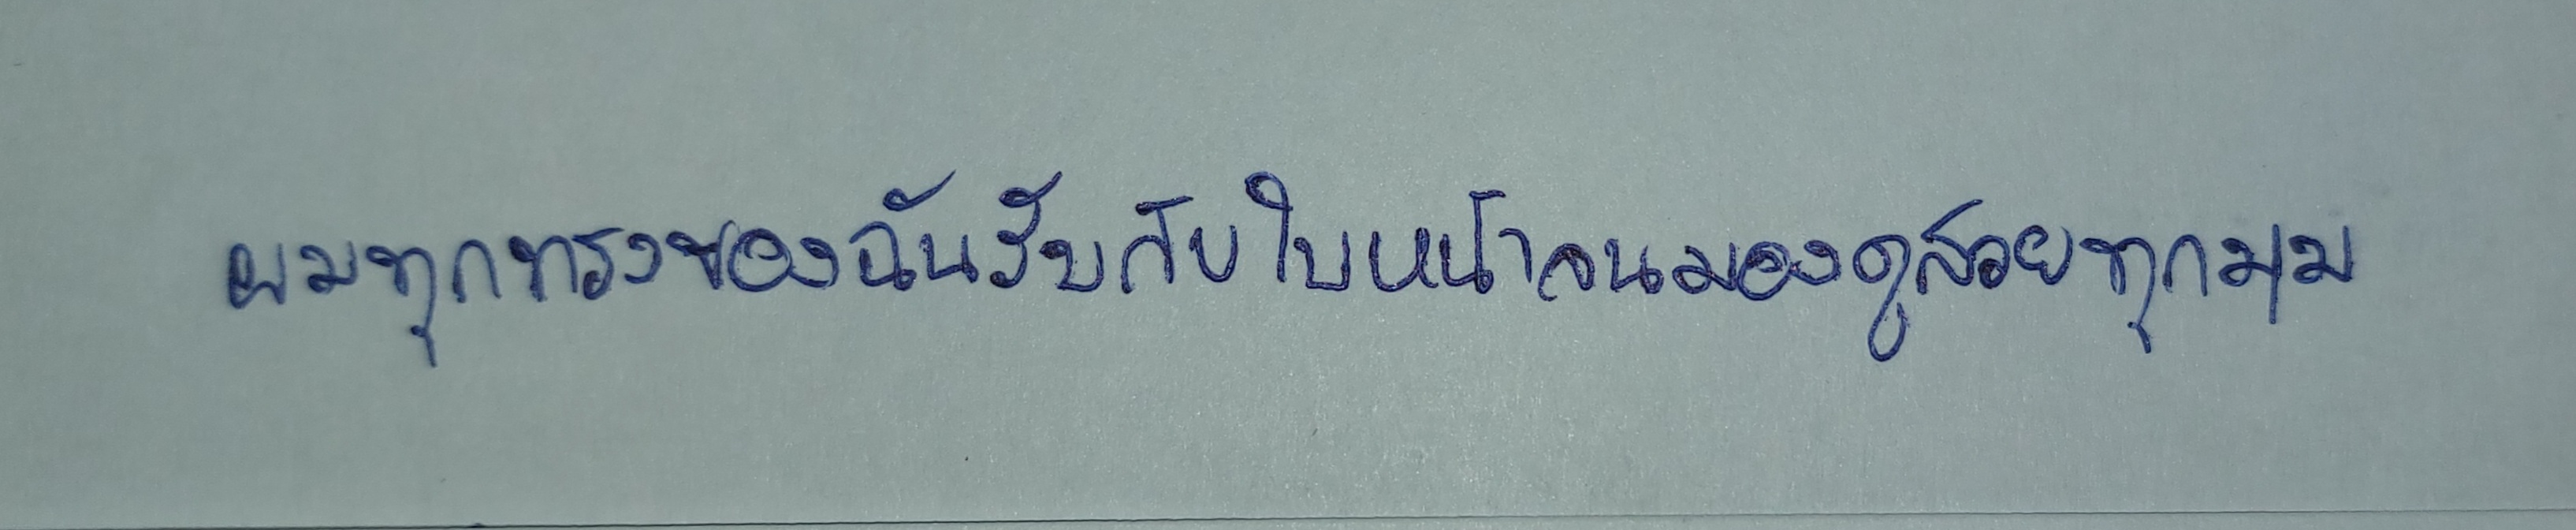
ผมทุกทรงของฉันรับกับใบหน้าจนมองดูสวยทุกมุม